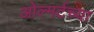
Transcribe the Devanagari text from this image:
ओल्मर्टच्या